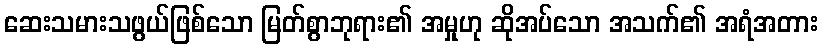
ဆေးသမားသဖွယ်ဖြစ်သော မြတ်စွာဘုရား၏ အမှုဟု ဆိုအပ်သော အသက်၏ အရံအတား